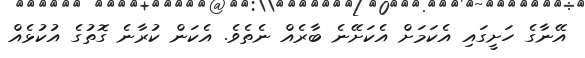
އޭނާގެ ހަށީގައި އެކަމަށް އެކަށޭނެ ބާރެއް ނެތެވެ. އެކަން ކުރާނެ ގޮތުގެ އުކުޅެއް